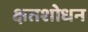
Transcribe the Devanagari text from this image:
क्षतशोधन